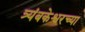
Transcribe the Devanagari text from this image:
त्र्यंबकेश्वरच्या